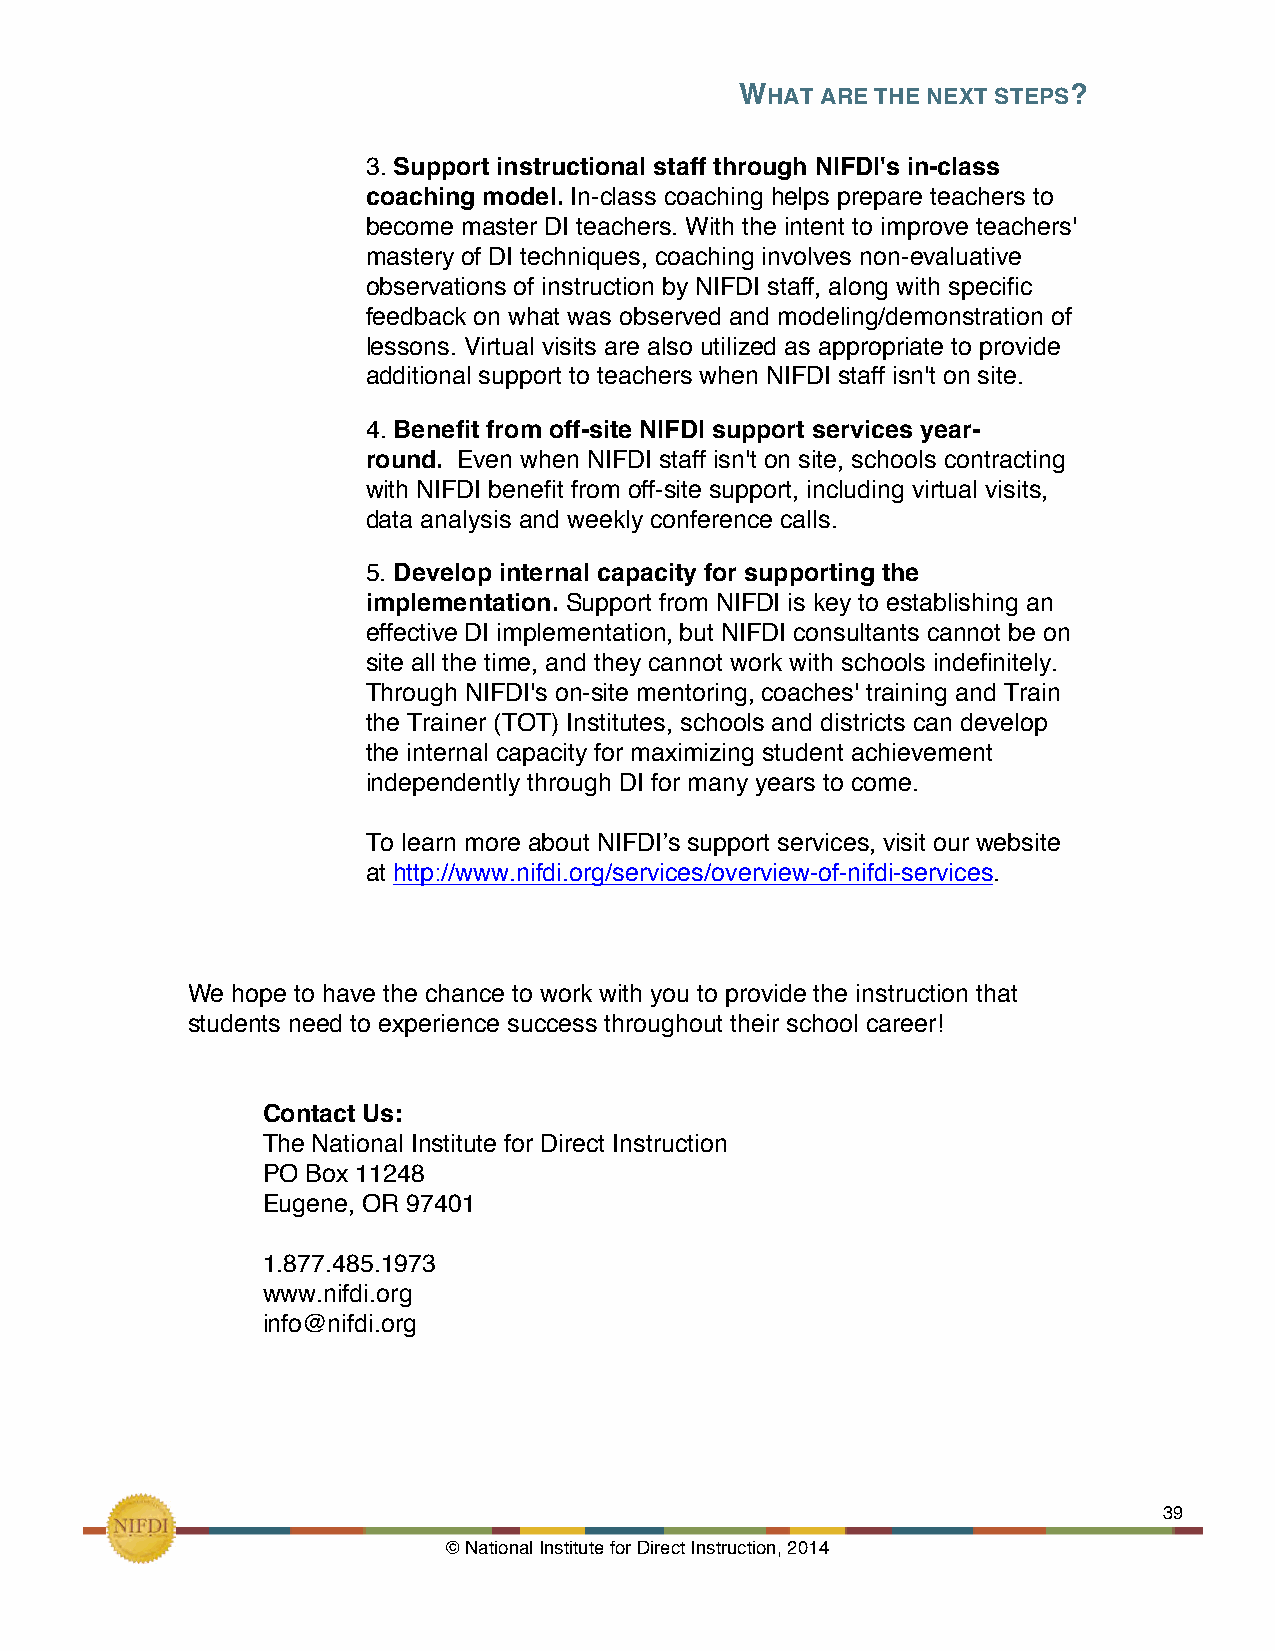
WHAT ARE THE NEXT STEPS?
 !
 3. Support instructional staff through NIFDI's in-class
 coaching model. In-class coaching helps prepare teachers to
 become master DI teachers. With the intent to improve teachers'
 mastery of DI techniques, coaching involves non-evaluative
 observations of instruction by NIFDI staff, along with specific
 feedback on what was observed and modeling/demonstration of
 lessons. Virtual visits are also utilized as appropriate to provide
 additional support to teachers when NIFDI staff isn't on site.
 4. Benefit from off-site NIFDI support services year-
 round. Even when NIFDI staff isn't on site, schools contracting
 with NIFDI benefit from off-site support, including virtual visits,
 data analysis and weekly conference calls.
 5. Develop internal capacity for supporting the
 implementation. Support from NIFDI is key to establishing an
 effective DI implementation, but NIFDI consultants cannot be on
 site all the time, and they cannot work with schools indefinitely.
 Through NIFDI's on-site mentoring, coaches' training and Train
 the Trainer (TOT) Institutes, schools and districts can develop
 the internal capacity for maximizing student achievement
 independently through DI for many years to come.
 To learn more about NIFDI’s support services, visit our website
 at http://www.nifdi.org/services/overview-of-nifdi-services.
 We hope to have the chance to work with you to provide the instruction that
 students need to experience success throughout their school career!
 Contact Us:
 The National Institute for Direct Instruction
 PO Box 11248
 Eugene, OR 97401
 1.877.485.1973
 www.nifdi.org
 info@nifdi.org
 !                   !
 !                                                             39
 © National Institute for Direct Instruction, 2014!